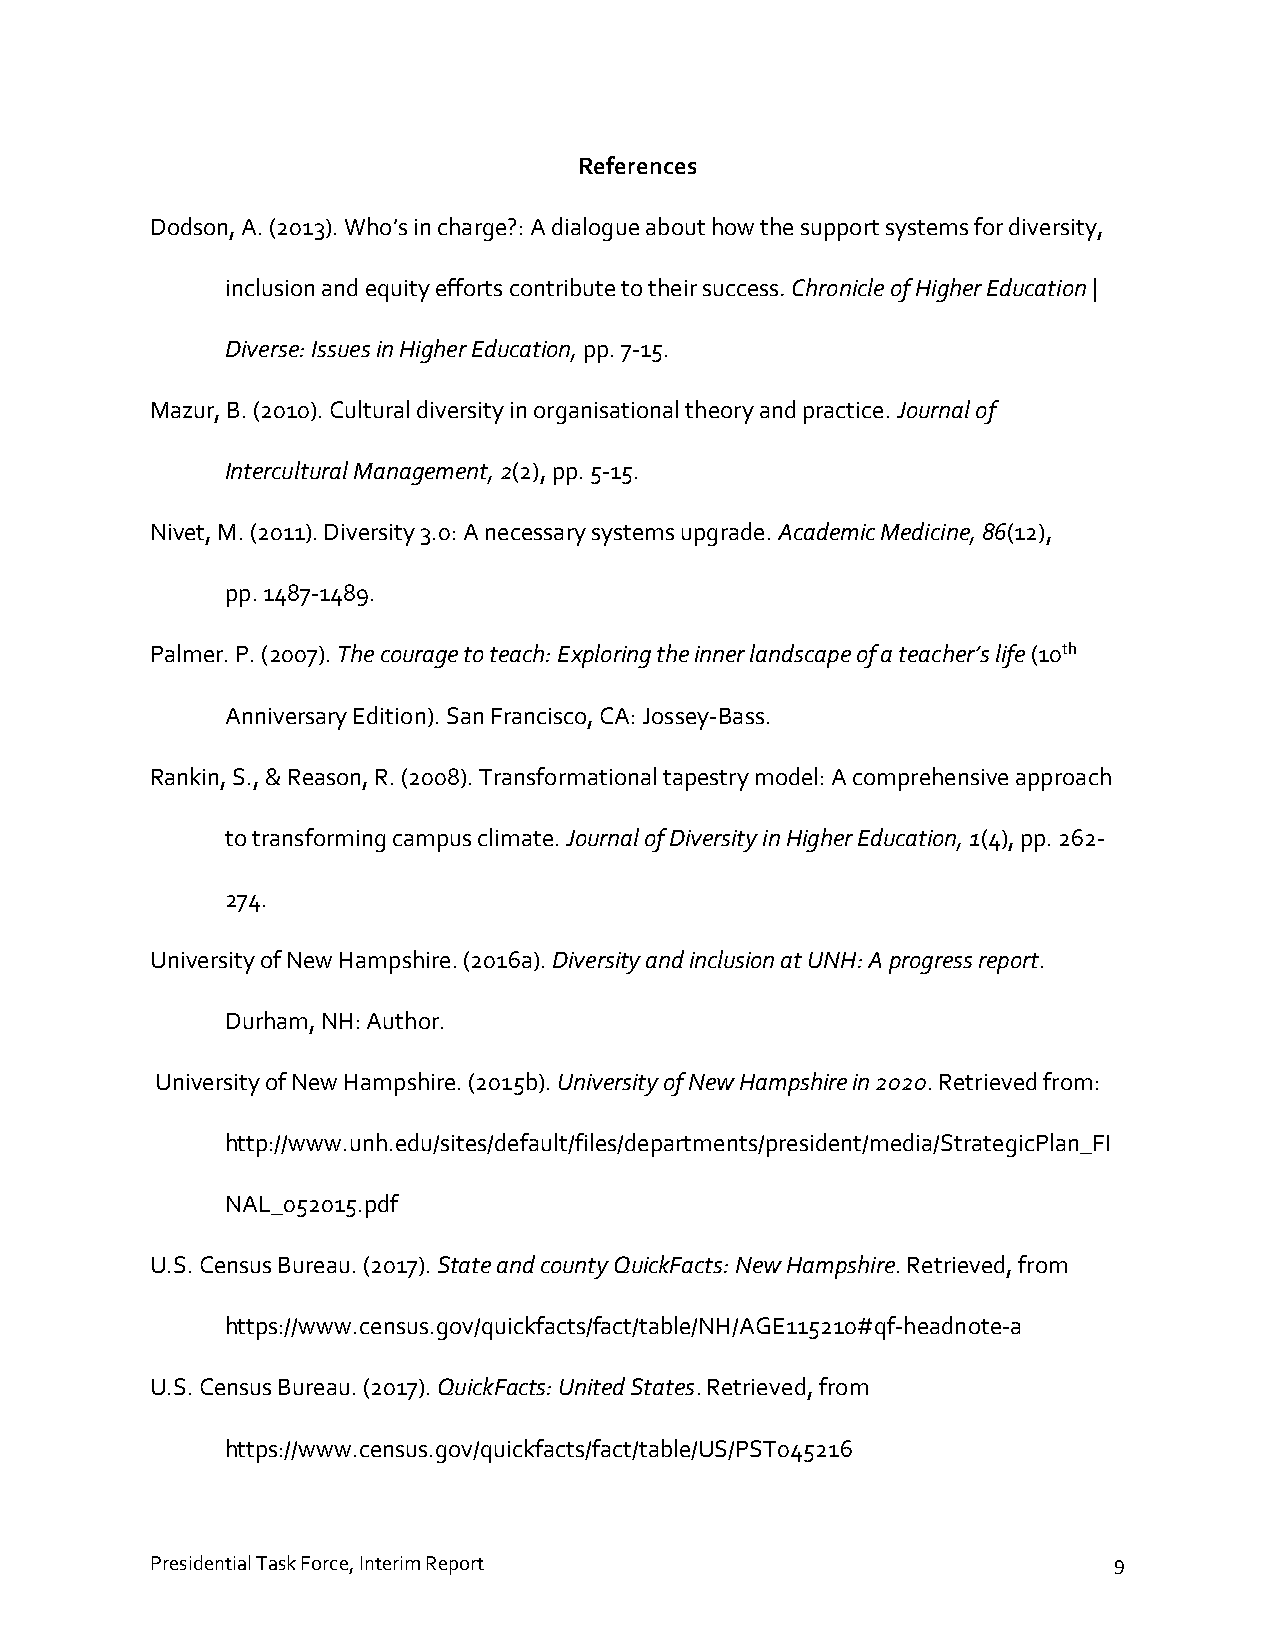
References
 Dodson, A. (2013). Who’s in charge?: A dialogue about how the support systems for diversity,
 inclusion and equity efforts contribute to their success. Chronicle of Higher Education |
 Diverse: Issues in Higher Education, pp. 7-15.
 Mazur, B. (2010). Cultural diversity in organisational theory and practice. Journal of
 Intercultural Management, 2(2), pp. 5-15.
 Nivet, M. (2011). Diversity 3.0: A necessary systems upgrade. Academic Medicine, 86(12),
 pp. 1487-1489.
 Palmer. P. (2007). The courage to teach: Exploring the inner landscape of a teacher’s life (10th
 Anniversary Edition). San Francisco, CA: Jossey-Bass.
 Rankin, S., & Reason, R. (2008). Transformational tapestry model: A comprehensive approach
 to transforming campus climate. Journal of Diversity in Higher Education, 1(4), pp. 262-
 274.
 University of New Hampshire. (2016a). Diversity and inclusion at UNH: A progress report.
 Durham, NH: Author.
 University of New Hampshire. (2015b). University of New Hampshire in 2020. Retrieved from:
 http://www.unh.edu/sites/default/files/departments/president/media/StrategicPlan_FI
 NAL_052015.pdf
 U.S. Census Bureau. (2017). State and county QuickFacts: New Hampshire. Retrieved, from
 https://www.census.gov/quickfacts/fact/table/NH/AGE115210#qf-headnote-a
 U.S. Census Bureau. (2017). QuickFacts: United States. Retrieved, from
 https://www.census.gov/quickfacts/fact/table/US/PST045216
 Presidential Task Force, Interim Report                         9